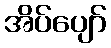
အိပ်ပျော်